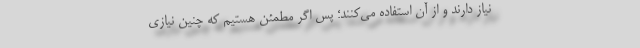
نیاز دارند و از آن استفاده می‌کنند؛ پس اگر مطمئن هستیم که چنین نیازی